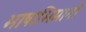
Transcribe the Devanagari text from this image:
भाषाभिमानी